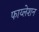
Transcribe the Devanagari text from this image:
फाय्लेशन